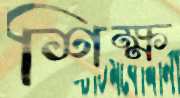
শিক্ষ